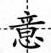
意